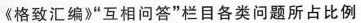
《格致汇编》“相互问答”栏目各类问题所占比例